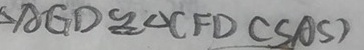
\Delta A G D \cong \Delta C F D ( S A S )